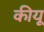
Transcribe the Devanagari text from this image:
कीयू